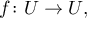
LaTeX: f \colon U \to U , \,